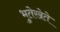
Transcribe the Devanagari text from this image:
भुतेखेते